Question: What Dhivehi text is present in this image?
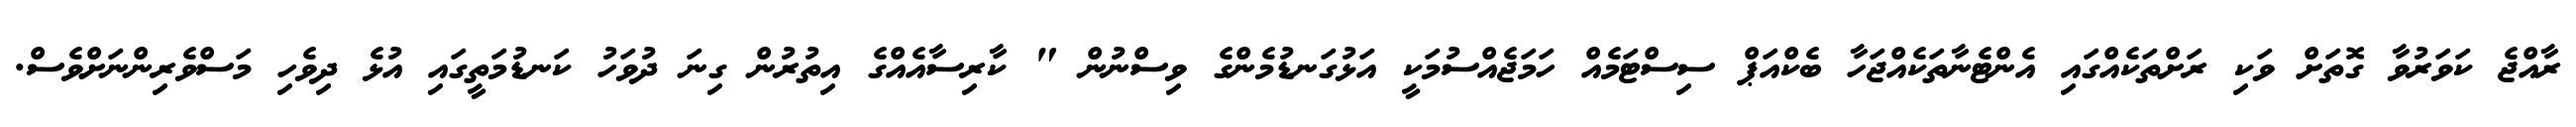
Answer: ރާއްޖެ ކަވަރުވާ ގޮތަށް ވަކި ރަށްތަކެއްގައި އެންޓެނާތަކެއްޖަހާ ބެކްއަޕް ސިސްޓަމެއް ހަމަޖެއްސުމަކީ އަޅުގަނޑުމެންގެ ވިސްނުން " ކާރިސާއެއްގެ އިތުރުން ގިނަ ދުވަހު ކަނޑުމަތީގައި އުޅެ ދިވެހި މަސްވެރިންނަށްވެސް.